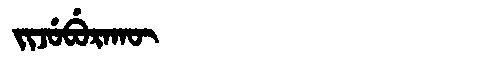
Manchu: ᠵᡳᠵᡠᠪᡠᡵᠠᡴᡡ
Romanization: JIJUBURAKŪ